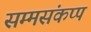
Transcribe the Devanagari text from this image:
सम्मसंकप्प